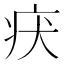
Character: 𤴻